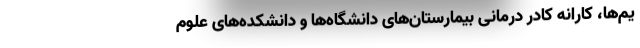
یم‌ها، کارانه کادر درمانی بیمارستان‌های دانشگاه‌ها و دانشکده‌های علوم